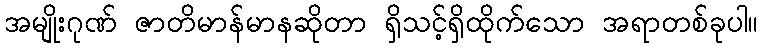
အမျိုးဂုဏ် ဇာတိမာန်မာနဆိုတာ ရှိသင့်ရှိထိုက်သော အရာတစ်ခုပါ။